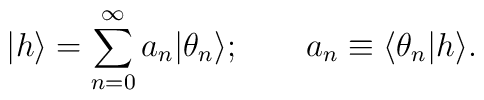
\vert h \rangle = \sum_{n=0}^{\infty} a_n \vert \theta_n \rangle; \quad \quad a_n \equiv \langle \theta_n \vert h\rangle.